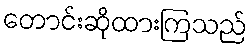
တောင်းဆိုထားကြသည်